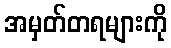
အမှတ်တရများကို